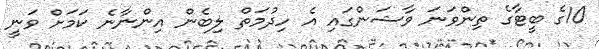
10ގެ ބީޓާގެ ތިންވަނަ ވާޝަންގައި އެ ހިދުމަތް ލިބެން އިންނާނެ ކަމަށް ވަނީ